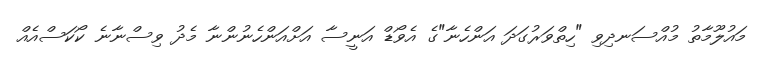
މައުލޫމާތު މުއްސަނދިވި "ހިތްވަރުގަދަ އަންހެނާ"ގެ އެވޯޑް އަނީސާ އަށްއަންހެނުންނާ މެދު ވިސްނާނެ ކޯކަސްއެއް